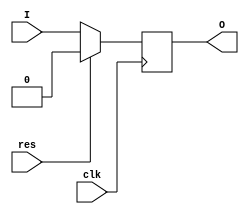
`timescale 1ns / 1ps
//////////////////////////////////////////////////////////////////////////////////
// Company: 
// Engineer: 
// 
// Design Name: 
// Module Name:    DFF 
// Project Name: 
// Target Devices: 
// Tool versions: 
// Description: 
//
// Dependencies: 
//
// Revision: 
// Revision 0.01 - File Created
// Additional Comments: 
//
// assignment no.: 5
// problem no.: 1
// semester : 5th semester
// group no.: 64
// names of group members: 1. Jatoth Charan Sai, 2. Tirupathi Suguna Bhaskar.
//////////////////////////////////////////////////////////////////////////////////
module DFF(
    input I,
    input clk,
    input res,
    output reg O
    );
		always @(posedge clk)  // D-flip flop logic
		begin
		 if(res==1'b1) 		// reset signal
		  O <= 1'b0; 
		 else  				
		  O <= I;  		   // output's the input value for every clock edge
		end 



endmodule